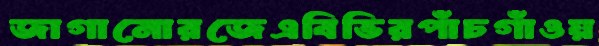
জাগানোরজেএবিভিরপাঁচগাঁওয়